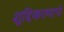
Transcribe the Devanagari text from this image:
शुद्दिकरणाचे